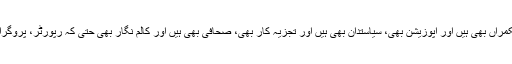
اس بحث ومباحثہ کے شرکاء میں کوئی تخصیص نہیں ہے، یہ حکمراں بھی ہیں اور اپوزیشن بھی، سیاستدان بھی ہیں اور تجزیہ کار بھی، صحافی بھی ہیں اور کالم نگار بھی حتٰی کہ رپورٹر، پروگرام اینکر اور نیوز اینکر بھی اسی زور آزمائی میں لگے ہوتے ہیں۔